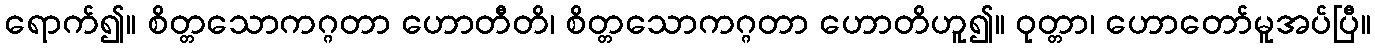
ရောက်၍။ စိတ္တသောကဂ္ဂတာ ဟောတီတိ၊ စိတ္တသောကဂ္ဂတာ ဟောတိဟူ၍။ ဝုတ္တာ၊ ဟောတော်မူအပ်ပြီ။